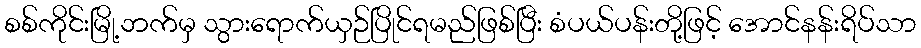
စစ်ကိုင်းမြို့ဘက်မှ သွားရောက်ယှဉ်ပြိုင်ရမည်ဖြစ်ပြီး စံပယ်ပန်းတို့ဖြင့် အောင်နန်းရိပ်သာ